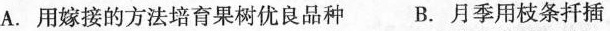
A.用嫁接的方法培育果树优良品种 B.月季用枝条扦插